Civil Veterinary Department. United Provinces 1932-42 - 1932-1942
Year: 1932
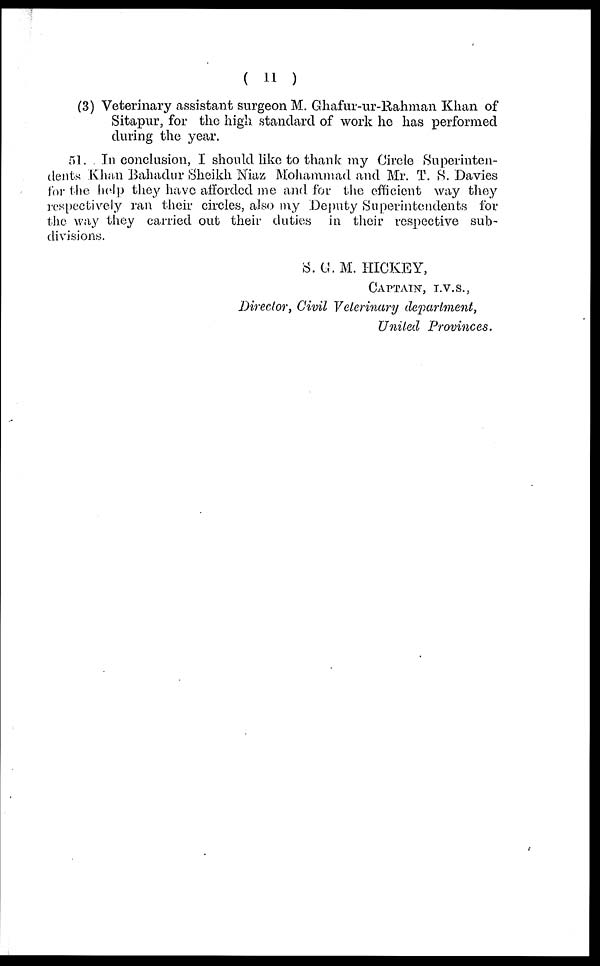
(11)
(3) Veterinary assistant surgeon M. Ghafur-ur-Rahman Khan of
Sitapur, for the high standard of work he has performed
during the year.
51. In conclusion, I should like to thank my Circle Superinten-
dents Khan Bahadur Sheikh Niaz Mohammad and Mr. T. S. Davies
for the help they have afforded me and for the efficient way they
respectively ran their circles, also my Deputy Superintendents for
the way they carried out their duties in their respective sub-
divisions.
S. G. M. HICKEY,
CAPTAIN, I.V.S.,
Director, Civil Veterinary department,
United Provinces.